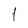
Character: 1